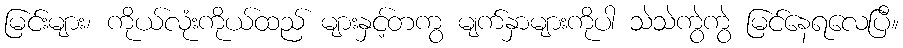
မြင်းများ၊ ကိုယ်လုံးကိုယ်ထည် များနှင့်တကွ မျက်နှာများကိုပါ သဲသဲကွဲကွဲ မြင်နေရလေပြီ။